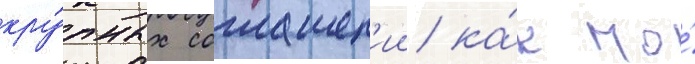
кру́пных соглашен'ии ка́к по́